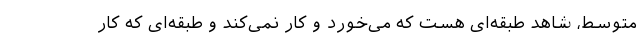
متوسط، شاهد طبقه‌ای هست که می‌خورد و کار نمی‌کند و طبقه‌ای که کار